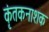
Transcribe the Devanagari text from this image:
कृंतकनाशक